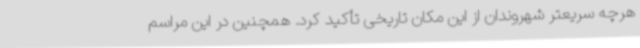
هرچه سریعتر شهروندان از این مکان تاریخی تأکید کرد. همچنین در این مراسم